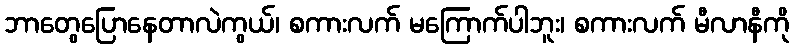
ဘာတွေပြောနေတာလဲကွယ်၊ စကားလက် မကြောက်ပါဘူး၊ စကားလက် မီလာနီကို